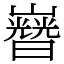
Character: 𡾡